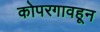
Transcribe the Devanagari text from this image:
कोपरगावहून